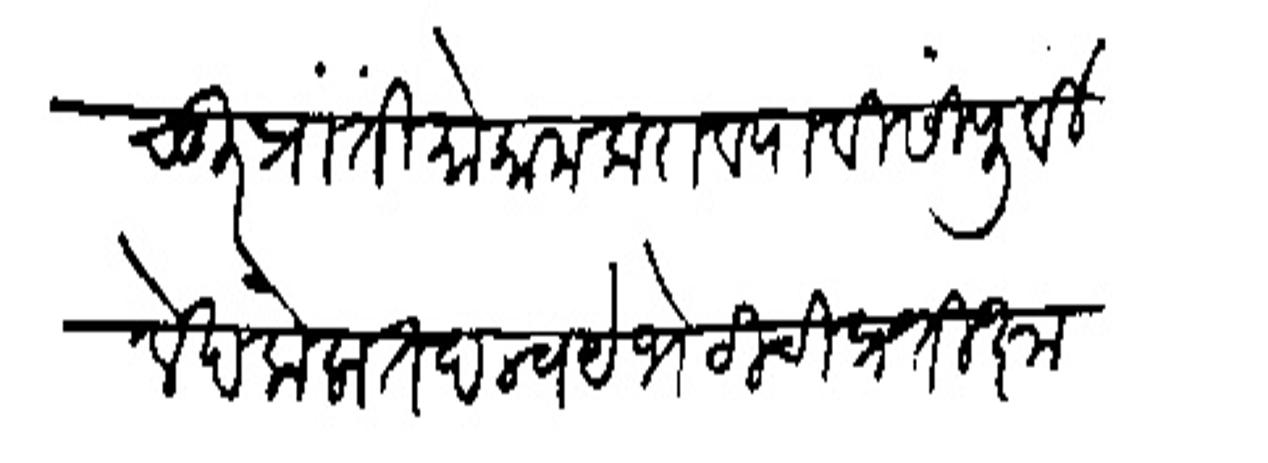
Transliteration (Devanagari): रायेंचूर प्रांती मोकाम करावयाविसीं पूर्वीं लेख केला तदन्वये भेंटीची प्रतीक्षा